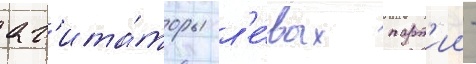
аг'ита́торы л'е́вых парт'ии -